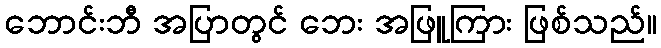
ဘောင်းဘီ အပြာတွင် ဘေး အဖြူကြား ဖြစ်သည်။